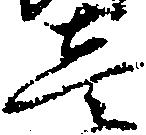
壱